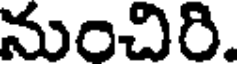
నుంచిరి.